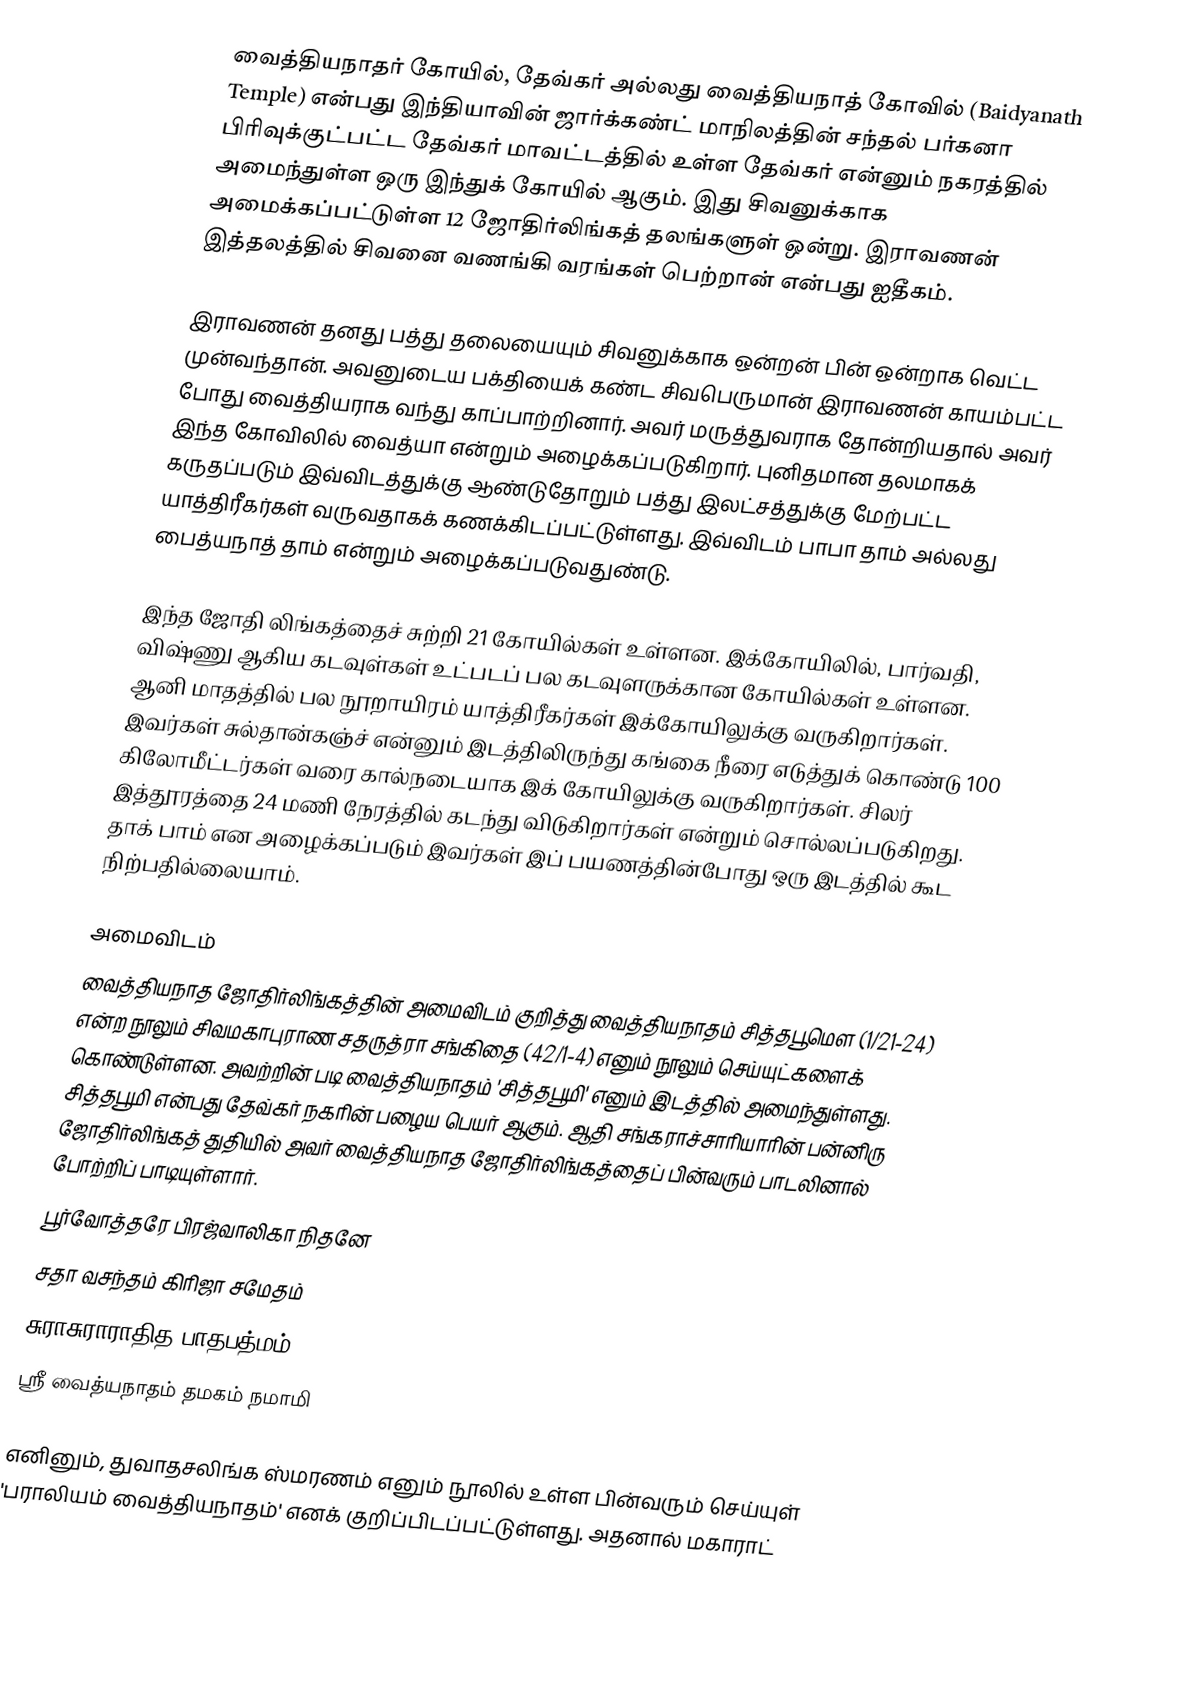
வைத்தியநாதர் கோயில், தேவ்கர் அல்லது வைத்தியநாத் கோவில் (Baidyanath Temple) என்பது இந்தியாவின் ஜார்க்கண்ட் மாநிலத்தின் சந்தல் பர்கனா பிரிவுக்குட்பட்ட தேவ்கர் மாவட்டத்தில் உள்ள தேவ்கர் என்னும் நகரத்தில் அமைந்துள்ள ஒரு இந்துக் கோயில் ஆகும். இது சிவனுக்காக அமைக்கப்பட்டுள்ள 12 ஜோதிர்லிங்கத் தலங்களுள் ஒன்று. இராவணன் இத்தலத்தில் சிவனை வணங்கி வரங்கள் பெற்றான் என்பது ஐதீகம்.

இராவணன் தனது பத்து தலையையும் சிவனுக்காக ஒன்றன் பின் ஒன்றாக வெட்ட முன்வந்தான். அவனுடைய பக்தியைக் கண்ட சிவபெருமான் இராவணன் காயம்பட்ட போது வைத்தியராக வந்து காப்பாற்றினார். அவர் மருத்துவராக தோன்றியதால் அவர் இந்த கோவிலில் வைத்யா என்றும் அழைக்கப்படுகிறார். புனிதமான தலமாகக் கருதப்படும் இவ்விடத்துக்கு ஆண்டுதோறும் பத்து இலட்சத்துக்கு மேற்பட்ட யாத்திரீகர்கள் வருவதாகக் கணக்கிடப்பட்டுள்ளது. இவ்விடம் பாபா தாம் அல்லது பைத்யநாத் தாம் என்றும் அழைக்கப்படுவதுண்டு.

இந்த ஜோதி லிங்கத்தைச் சுற்றி 21 கோயில்கள் உள்ளன.  இக்கோயிலில், பார்வதி, விஷ்ணு ஆகிய கடவுள்கள் உட்படப் பல கடவுளருக்கான கோயில்கள் உள்ளன. ஆனி மாதத்தில் பல நூறாயிரம் யாத்திரீகர்கள் இக்கோயிலுக்கு வருகிறார்கள். இவர்கள் சுல்தான்கஞ்ச் என்னும் இடத்திலிருந்து கங்கை நீரை எடுத்துக் கொண்டு 100 கிலோமீட்டர்கள் வரை கால்நடையாக இக் கோயிலுக்கு வருகிறார்கள். சிலர் இத்தூரத்தை 24 மணி நேரத்தில் கடந்து விடுகிறார்கள் என்றும் சொல்லப்படுகிறது. தாக் பாம் என அழைக்கப்படும் இவர்கள் இப் பயணத்தின்போது ஒரு இடத்தில் கூட நிற்பதில்லையாம்.

அமைவிடம்
வைத்தியநாத ஜோதிர்லிங்கத்தின் அமைவிடம் குறித்து வைத்தியநாதம் சித்தபூமௌ (1/21-24) என்ற நூலும் சிவமகாபுராண சதருத்ரா சங்கிதை (42/1-4) எனும் நூலும் செய்யுட்களைக் கொண்டுள்ளன. அவற்றின் படி வைத்தியநாதம் 'சித்தபூமி' எனும் இடத்தில் அமைந்துள்ளது. சித்தபூமி என்பது தேவ்கர் நகரின் பழைய பெயர் ஆகும். ஆதி சங்கராச்சாரியாரின் பன்னிரு ஜோதிர்லிங்கத் துதியில் அவர் வைத்தியநாத ஜோதிர்லிங்கத்தைப் பின்வரும் பாடலினால் போற்றிப் பாடியுள்ளார்.
பூர்வோத்தரே பிரஜ்வாலிகா நிதனே
சதா வசந்தம் கிரிஜா சமேதம்
சுராசுராராதித பாதபத்மம்
ஸ்ரீ வைத்யநாதம் தமகம் நமாமி

எனினும், துவாதசலிங்க ஸ்மரணம் எனும் நூலில் உள்ள பின்வரும் செய்யுள் 'பராலியம் வைத்தியநாதம்' எனக் குறிப்பிடப்பட்டுள்ளது. அதனால் மகாராட்